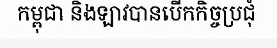
កម្ពុជា និងឡាវបានបើកកិច្ចប្រជុំ